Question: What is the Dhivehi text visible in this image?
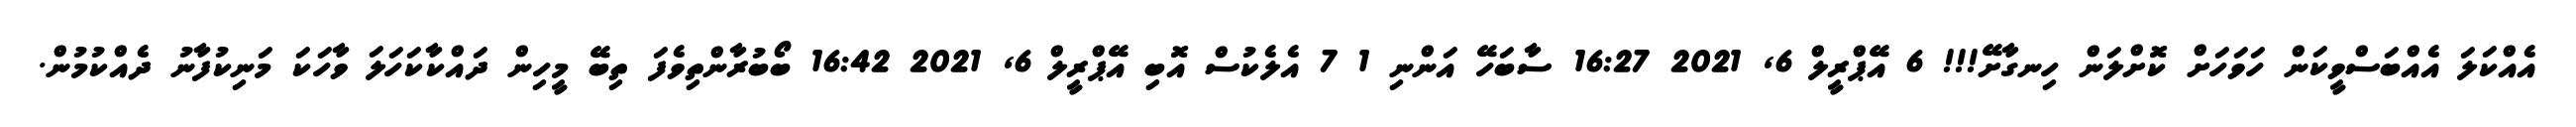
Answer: އެއްކަލަ އެއްބަސްވީކަން ހަވަހަށް ކޮށްލަން ހިނގާށޭ!!! 6 އޭޕްރީލް 6, 2021 16:27 ސާބަހޭ އަންނި 1 7 އެލެކުސް އޮބި އޭޕްރީލް 6, 2021 16:42 ބޯބުރާންތިވެފަ ތިބޭ މީހިން ދައްކާކަހަލަ ވާހަކަ މަނިކުފާނު ދެއްކުމުން.